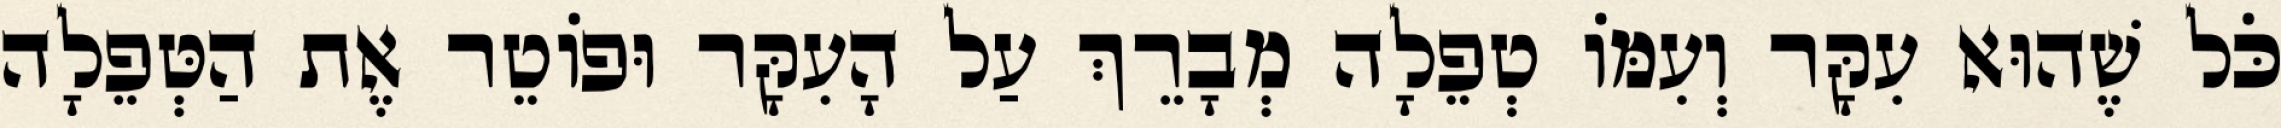
כֹּל שֶׁהוּא עִקָּר וְעִמּוֹ טְפֵלָה מְבָרֵךְ עַל הָעִקָּר וּפוֹטֵר אֶת הַטְּפֵלָה